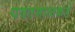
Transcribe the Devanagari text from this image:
यवतमाळकडे